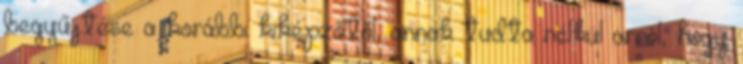
begyűjtése a korábbi kiképzőtől, annak tudta nélkül arról, hogy